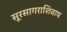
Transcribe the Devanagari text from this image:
सूरसागराशिवाय